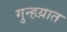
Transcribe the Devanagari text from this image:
गुन्हय़ात